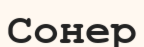
Сонер